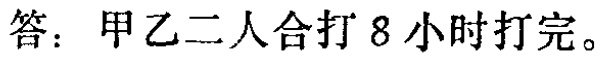
答：甲乙二人合打 8 小时打完。